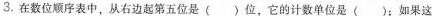
3.在数位顺序表中，从右边起第五位是( )位，它的计数单位是( )；如果这